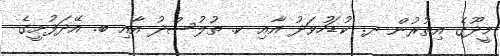
މީދޫގެ އިތުރުން ދ. ކުޑަހުވަދު އާއި ކ. ތުލުސްދު އާއި ބ. އޭދަފުށީގެ